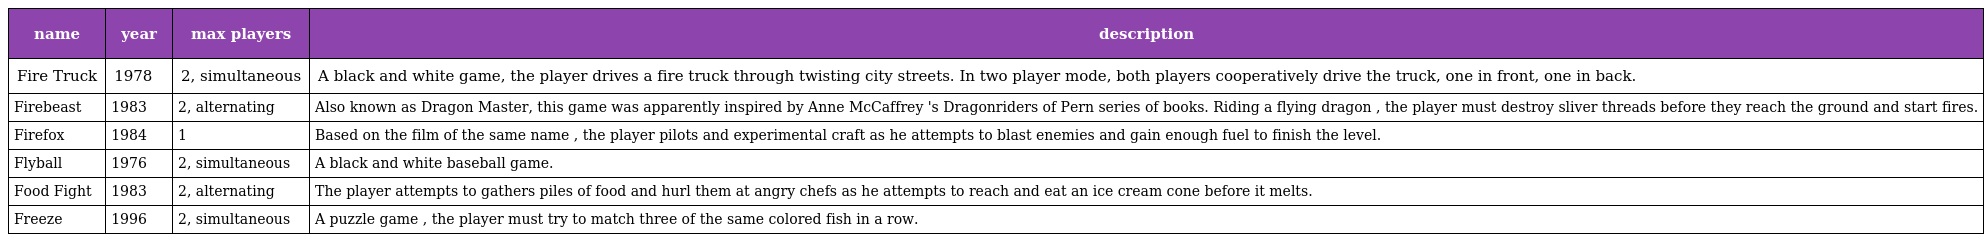
| name | year | max players | description |
 | --- | --- | --- | --- |
 | Fire Truck | 1978 | 2, simultaneous | A black and white game, the player drives a fire truck through twisting city streets. In two player mode, both players cooperatively drive the truck, one in front, one in back. |
 | Firebeast | 1983 | 2, alternating | Also known as Dragon Master, this game was apparently inspired by Anne McCaffrey 's Dragonriders of Pern series of books. Riding a flying dragon , the player must destroy sliver threads before they reach the ground and start fires. |
 | Firefox | 1984 | 1 | Based on the film of the same name , the player pilots and experimental craft as he attempts to blast enemies and gain enough fuel to finish the level. |
 | Flyball | 1976 | 2, simultaneous | A black and white baseball game. |
 | Food Fight | 1983 | 2, alternating | The player attempts to gathers piles of food and hurl them at angry chefs as he attempts to reach and eat an ice cream cone before it melts. |
 | Freeze | 1996 | 2, simultaneous | A puzzle game , the player must try to match three of the same colored fish in a row. |